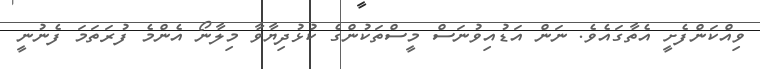
ވިއްކަންފެށީ އެތާގައެވެ. ނަން އަޑުއިވުނަސް މީސްތަކުންގެ ކުޅުދިޔާވާ މިލާނޯ އެންމެ ފުރަތަމަ ފެނުނީ